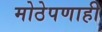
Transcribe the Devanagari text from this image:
मोठेपणाही